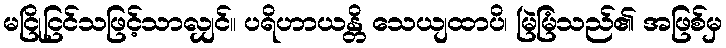
မငြိုငြင်သဖြင့်သာလျှင်။ ပရိဟာယန္တိ သေယျထာပိ၊ မြဲမြံသည်၏ အဖြစ်မှ